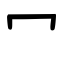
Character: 冖